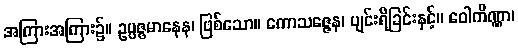
အကြားအကြား၌။ ဥပ္ပဇ္ဇမာနေန၊ ဖြစ်သော။ ကောသဇ္ဇေန၊ ပျင်းရိခြင်းနှင့်။ ဝေါကိဏ္ဏာ၊